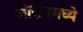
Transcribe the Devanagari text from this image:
जॉर्डनमध्ये